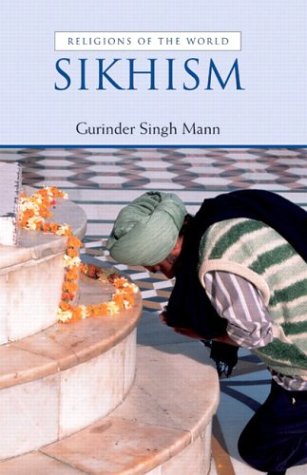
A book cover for Sikhism; Gurinder Singh Mann; Religion & Spirituality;